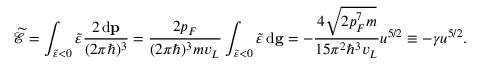
\ensuremath { \widetilde { \mathcal { E } } } = \int _ { \ensuremath { \widetilde { \varepsilon } } < 0 } \ensuremath { \widetilde { \varepsilon } } \frac { 2 \, \mathrm { d } \mathbf { p } } { ( 2 \pi \hbar ) ^ { 3 } } = \frac { 2 p _ { F } } { ( 2 \pi \hbar ) ^ { 3 } m v _ { L } } \int _ { \ensuremath { \widetilde { \varepsilon } } < 0 } \ensuremath { \widetilde { \varepsilon } } \, \mathrm { d } \mathbf { g } = - \frac { 4 \sqrt { 2 p _ { F } ^ { 7 } m } } { 1 5 \pi ^ { 2 } \hbar ^ { 3 } v _ { L } } u ^ { 5 / 2 } \equiv - \gamma u ^ { 5 / 2 } .